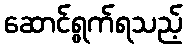
ဆောင်ရွက်ရသည့်